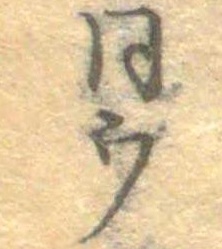
同ウ